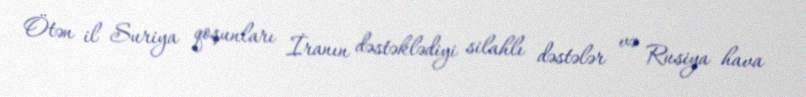
Ötən il Suriya qoşunları İranın dəstəklədiyi silahlı dəstələr və Rusiya hava